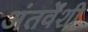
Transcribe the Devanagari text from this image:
अंतर्वेंशी